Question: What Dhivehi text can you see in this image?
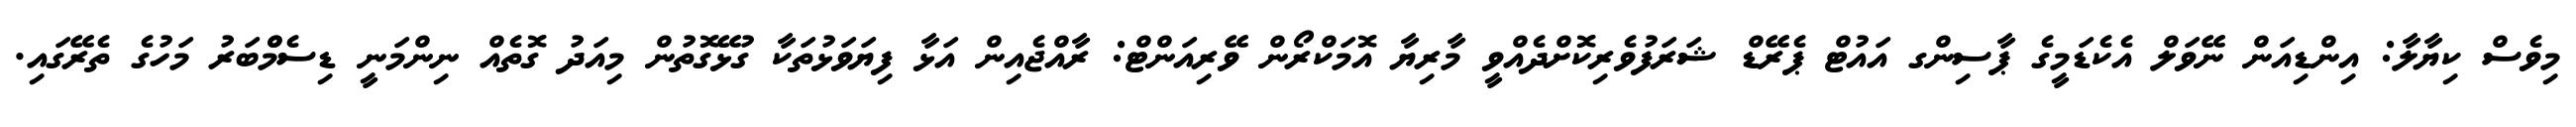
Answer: މިވެސް ކިޔާލާ: އިންޑިއަން ނޭވަލް އެކެޑަމީގެ ޕާސިންގ އައުޓް ޕެރޭޑް ޝަރަފުވެރިކޮށްދެއްވީ މާރިޔާ އޮމަކްރޯން ވޭރިއަންޓް: ރާއްޖެއިން އަޅާ ފިޔަވަޅުތަކާ ގުޅޭގޮތުން މިއަދު ގޮތެއް ނިންމަނީ ޑިސެމްްބަރު މަހުގެ ތެރޭގައި.